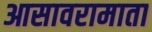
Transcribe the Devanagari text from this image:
आसावरामाता